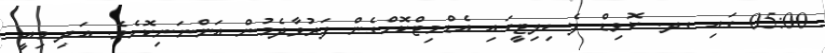
05:00 ގައި ގދ. ކޮވިޑް ފެސިލިޓީގައި އެޑްމިޓްކޮށްގެން ފަރުވާދެމުން އަންނަނިކޮށެވެ. އަދި މިއީ